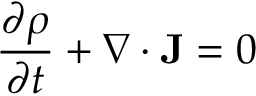
{ \frac { \partial \rho } { \partial t } } + \nabla \cdot \mathbf { J } = 0